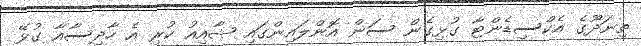
ތިނަދޫގެ އެކްސިޑެންޓާ ގުޅިގެން ސަން އޮންލައިންގައި ޝާއިއު ކުރި އެ ހާދިސާއާ ގުޅޭ